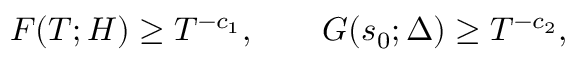
F ( T ; H ) \geq T ^ { - c _ { 1 } } , \qquad G ( s _ { 0 } ; \Delta ) \geq T ^ { - c _ { 2 } } ,